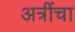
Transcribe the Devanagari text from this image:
अत्रींचा